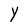
Character: Y